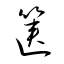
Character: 篋